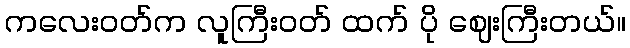
ကလေးဝတ်က လူကြီးဝတ် ထက် ပို ဈေးကြီးတယ်။